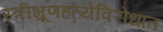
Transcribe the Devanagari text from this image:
स्त्रीभ्रूणहत्येविरोधात